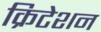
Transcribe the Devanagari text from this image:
क्रिटेशन